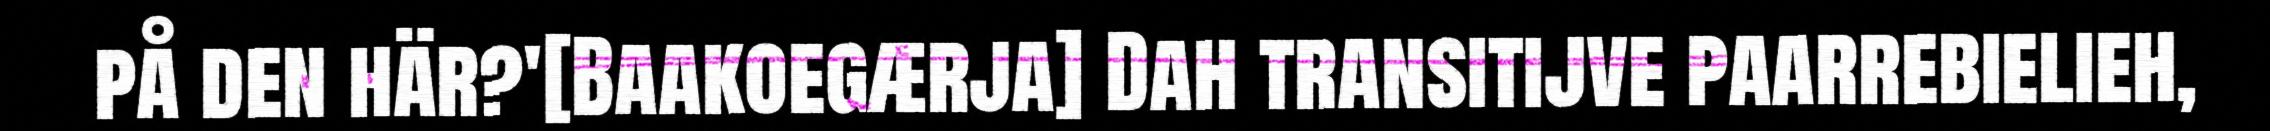
på den här?'[Baakoegærja] Dah transitijve paarrebielieh,